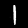
Label: 1